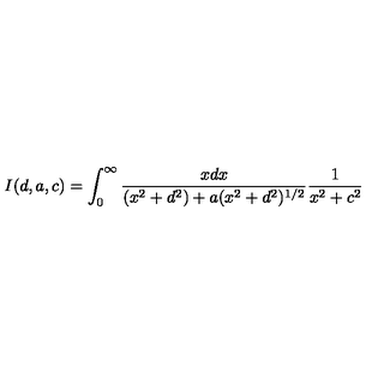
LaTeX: I ( d , a , c ) = \int _ { 0 } ^ { \infty } { \frac { x d x } { ( x ^ { 2 } + d ^ { 2 } ) + a ( x ^ { 2 } + d ^ { 2 } ) ^ { 1 / 2 } } } { \frac { 1 } { x ^ { 2 } + c ^ { 2 } } }